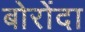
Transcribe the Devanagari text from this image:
बोरोंदा